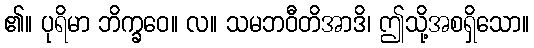
၏။ ပုရိမာ ဘိက္ခဝေ။ လ။ သမဘဝီတိအာဒိ၊ ဤသို့အစရှိသော။